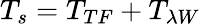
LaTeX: T_{s}=T_{TF}+T_{\lambda W}